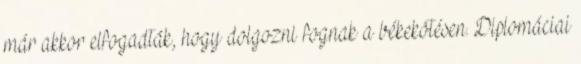
már akkor elfogadták, hogy dolgozni fognak a békekötésen. Diplomáciai